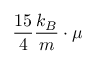
{ \frac { 1 5 } { 4 } } { \frac { k _ { B } } { m } } \cdot \mu